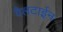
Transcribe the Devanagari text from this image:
वैलटाईन